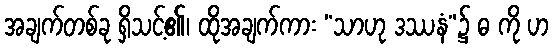
အချက်တစ်ခု ရှိသင့်၏၊ ထိုအချက်ကား “သာဟု ဒဿနံ”၌ ဓ ကို ဟ